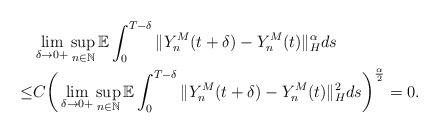
LaTeX: \begin{align*}& \lim_{\delta\rightarrow 0+} \sup_{n\in\mathbb{N}} \mathbb{E} \int_0^{T-\delta} \Vert Y_n^M (t+\delta) - Y_n^M (t) \Vert_{H}^{\alpha} ds \\\leq & C \bigg( \lim_{\delta\rightarrow 0+} \sup_{n\in\mathbb{N}} \mathbb{E} \int_0^{T-\delta} \Vert Y_n^M (t+\delta) - Y_n^M (t) \Vert_{H}^{2} ds \bigg)^{\frac{\alpha}{2}} = 0.\end{align*}